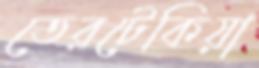
তেরটেকিয়া